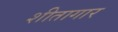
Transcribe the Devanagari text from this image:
शीतागार